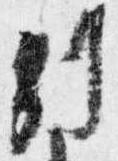
別